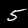
Label: 5